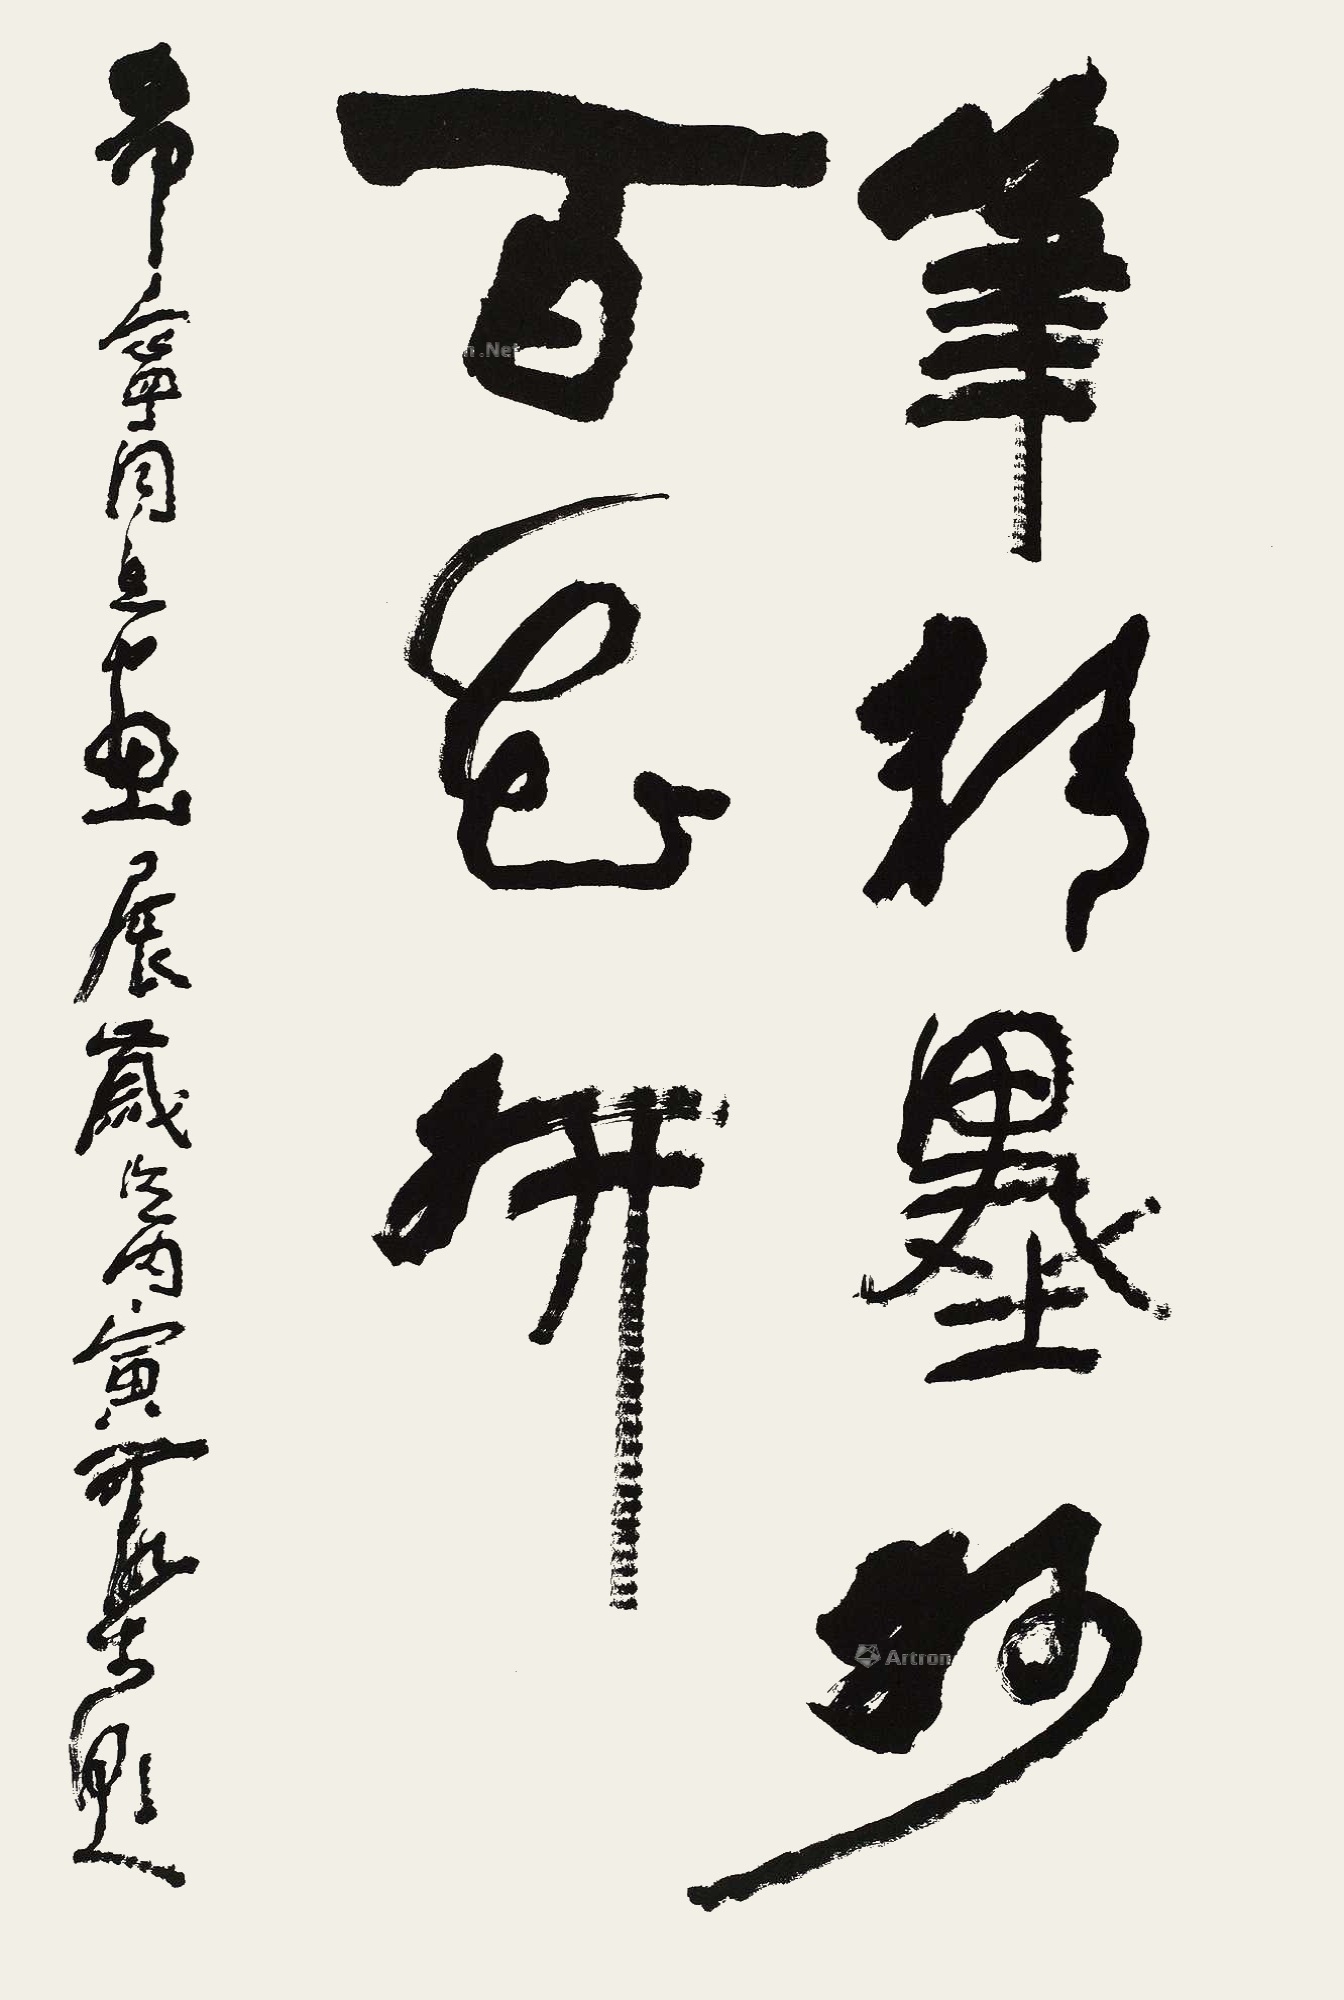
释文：笔精墨妙百花开。希宁同志画展，岁次丙寅可染题。